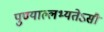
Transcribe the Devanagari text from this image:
पुण्याल्लभ्यतेऽसौ